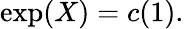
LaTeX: \exp(X)=c(1).